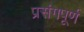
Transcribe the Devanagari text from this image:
प्रसंगपूर्ण